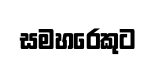
සමහරෙකුට